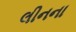
લીનના